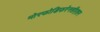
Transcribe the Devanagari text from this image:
मोरफोडिफरेनसीएशन